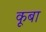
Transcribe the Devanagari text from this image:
कूबा